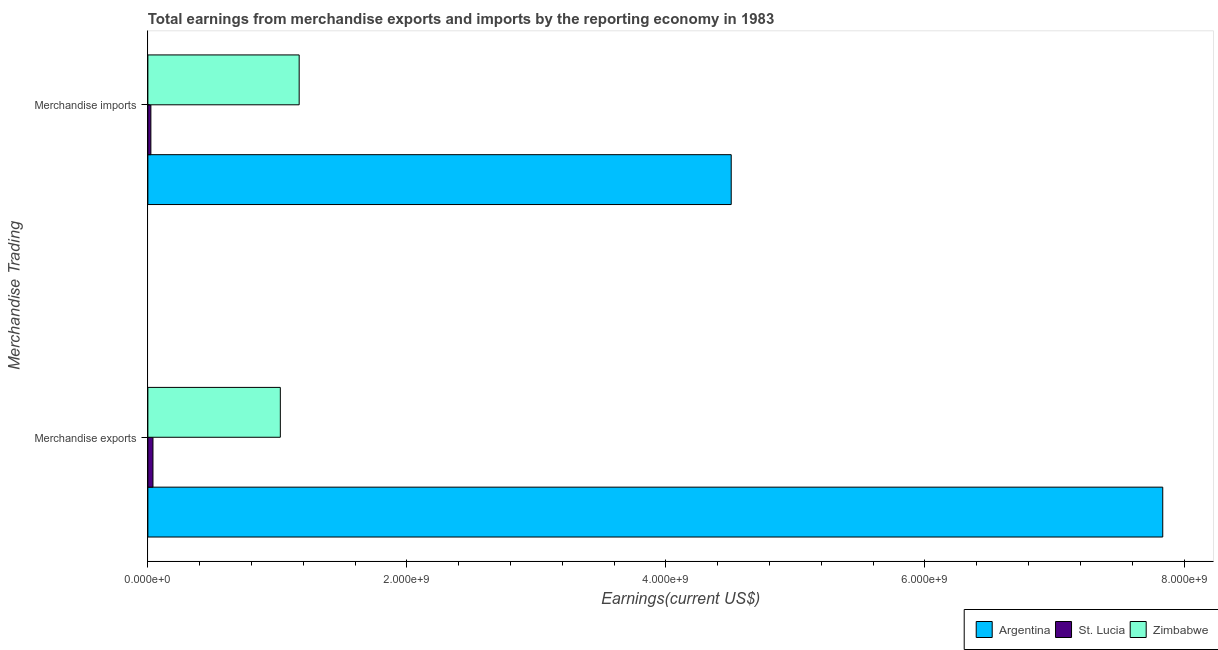
| Merchandise Trading | Argentina | St. Lucia | Zimbabwe |
 | --- | --- | --- | --- |
 | Merchandise exports | 7.84e+09 | 3.94e+07 | 1.02e+09 |
 | Merchandise imports | 4.5e+09 | 2.32e+07 | 1.17e+09 |